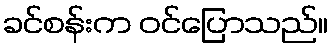
ခင်စန်းက ဝင်ပြောသည်။